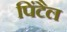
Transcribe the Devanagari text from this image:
पिंटैल